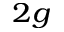
_ { 2 g }